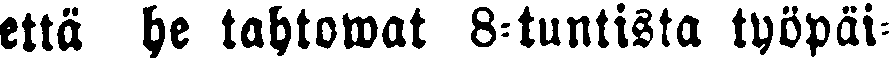
että he tahtowat 8-tuntista työpäi-